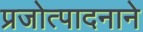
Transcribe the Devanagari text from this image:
प्रजोत्पादनाने